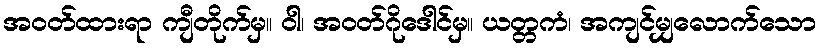
အဝတ်ထားရာ ကျီတိုက်မှ။ ဝါ၊ အဝတ်ဂိုဒေါင်မှ။ ယတ္တကံ၊ အကျင်မျှလောက်သော